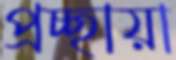
প্রচ্ছায়া